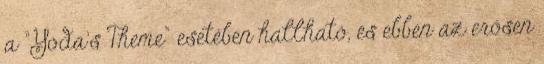
a "Yoda's Theme" esetében hallható, és ebben az erősen